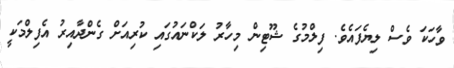
ވާހަކަ ވެސް ލިޔެފައެވެ. ފިލްމުގެ ޝޫޓިން މިހާރު ލަކްނައުގައި ކުރިއަށް ގެންދާއިރު އެފިލްމަކީ